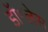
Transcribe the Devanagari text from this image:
डॉ॰लेस